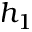
h _ { 1 }